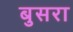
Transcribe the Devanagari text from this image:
बुसरा